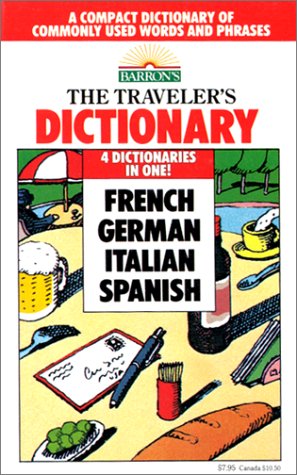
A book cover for The Traveler's Dictionary in French, German, Italian, and Spanish; Mario Costantino; Travel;